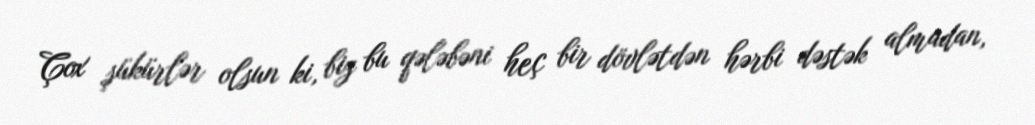
Çox şükürlər olsun ki, biz bu qələbəni heç bir dövlətdən hərbi dəstək almadan,